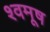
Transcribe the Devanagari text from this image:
श्वमूष